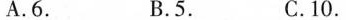
A. 6. B. 5. C. 10.